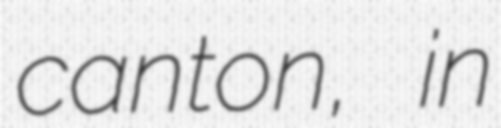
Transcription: canton, in